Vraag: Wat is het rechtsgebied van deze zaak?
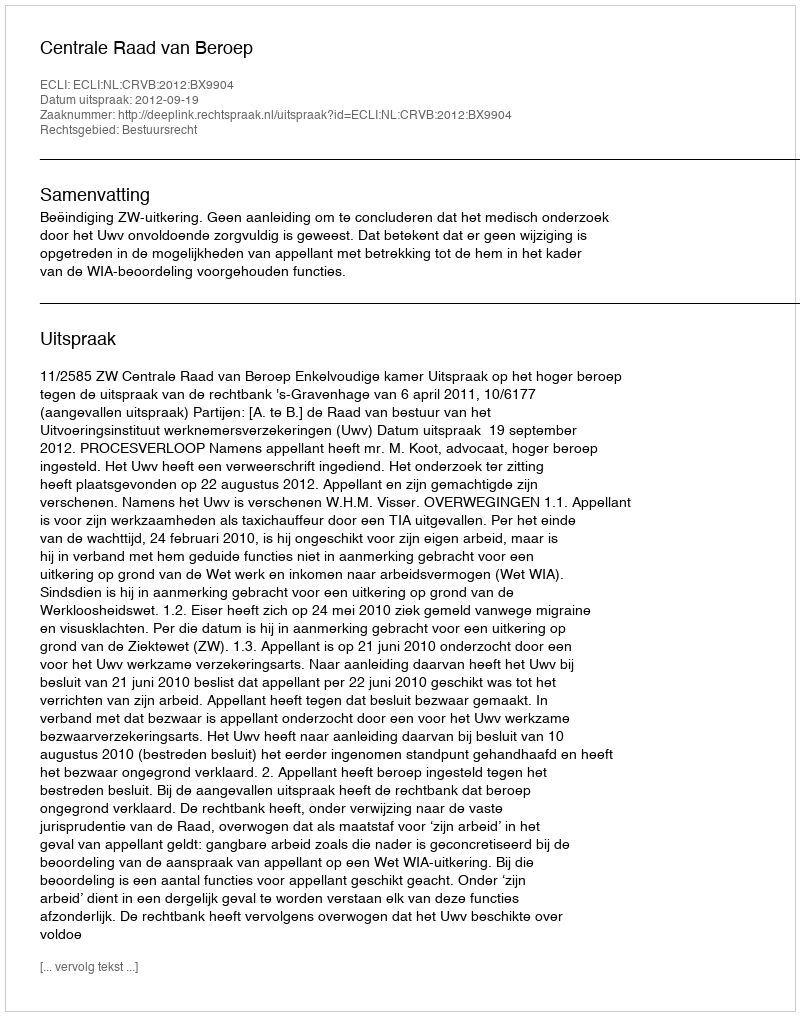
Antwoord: Bestuursrecht